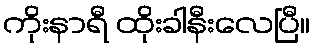
ကိုးနာရီ ထိုးခါနီးလေပြီ။